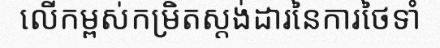
លើកម្ពស់កម្រិតស្តង់ដារនៃការថៃទាំ